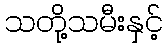
သတို့သမီးနှင့်